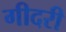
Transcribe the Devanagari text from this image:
गीदरी